Serum-therapy of plague in India - Number 20
Disease focus: Plague
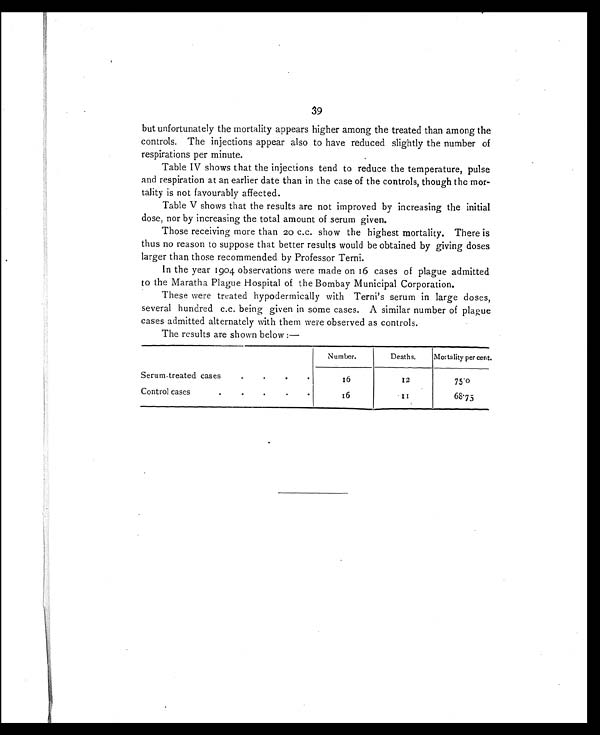
39
but unfortunately the mortality appears higher among the treated than among the
controls. The injections appear also to have reduced slightly the number of
respirations per minute.
Table IV shows that the injections tend to reduce the temperature, pulse
and respiration at an earlier date than in the case of the controls, though the mor
-tality is not favourably affected.
Table V shows that the results are not improved by increasing the initial
dose, nor by increasing the total amount of serum given.
Those receiving more than 20 c.c. show the highest mortality. There is
thus no reason to suppose that better results would be obtained by giving doses
larger than those recommended by Professor Terni.
In the year 1904 observations were made on 16 cases of plague admitted
to the Maratha Plague Hospital of the Bombay Municipal Corporation.
These were treated hypodermically with Terni's serum in large doses,
several hundred c.c. being given in some cases. A similar number of plague
cases admitted alternately with them were observed as controls.
The results are shown below :—
Number.
Deaths.
Mortality per cent.
Serum-treated cases
.
.
16
12
75.0
Control cases
.
16
1 1
68.75